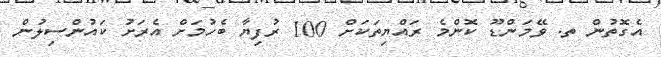
އެގޮތުން ތ. ވޭމަންޑޫ ކޮންމެ ރައްޔިތަކަށް 100 ރުފިޔާ ބެހުމަށް އެރަށު ކައުންސިލުން